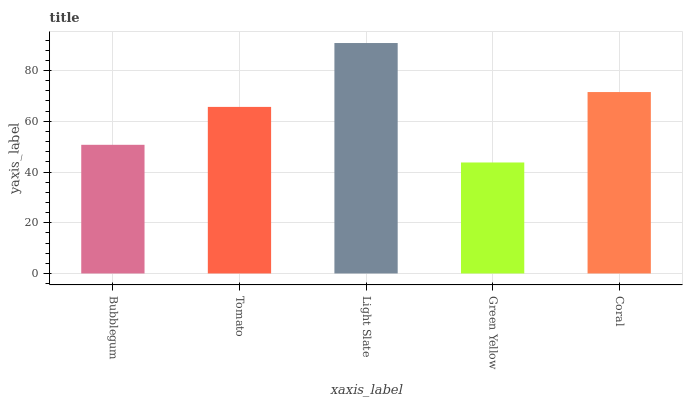
| xaxis_label | bars |
 | --- | --- |
 | Bubblegum | 50.7 |
 | Tomato | 65.7 |
 | Light Slate | 90.8 |
 | Green Yellow | 43.8 |
 | Coral | 71.5 |